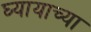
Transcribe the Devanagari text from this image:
घ्यायाच्या